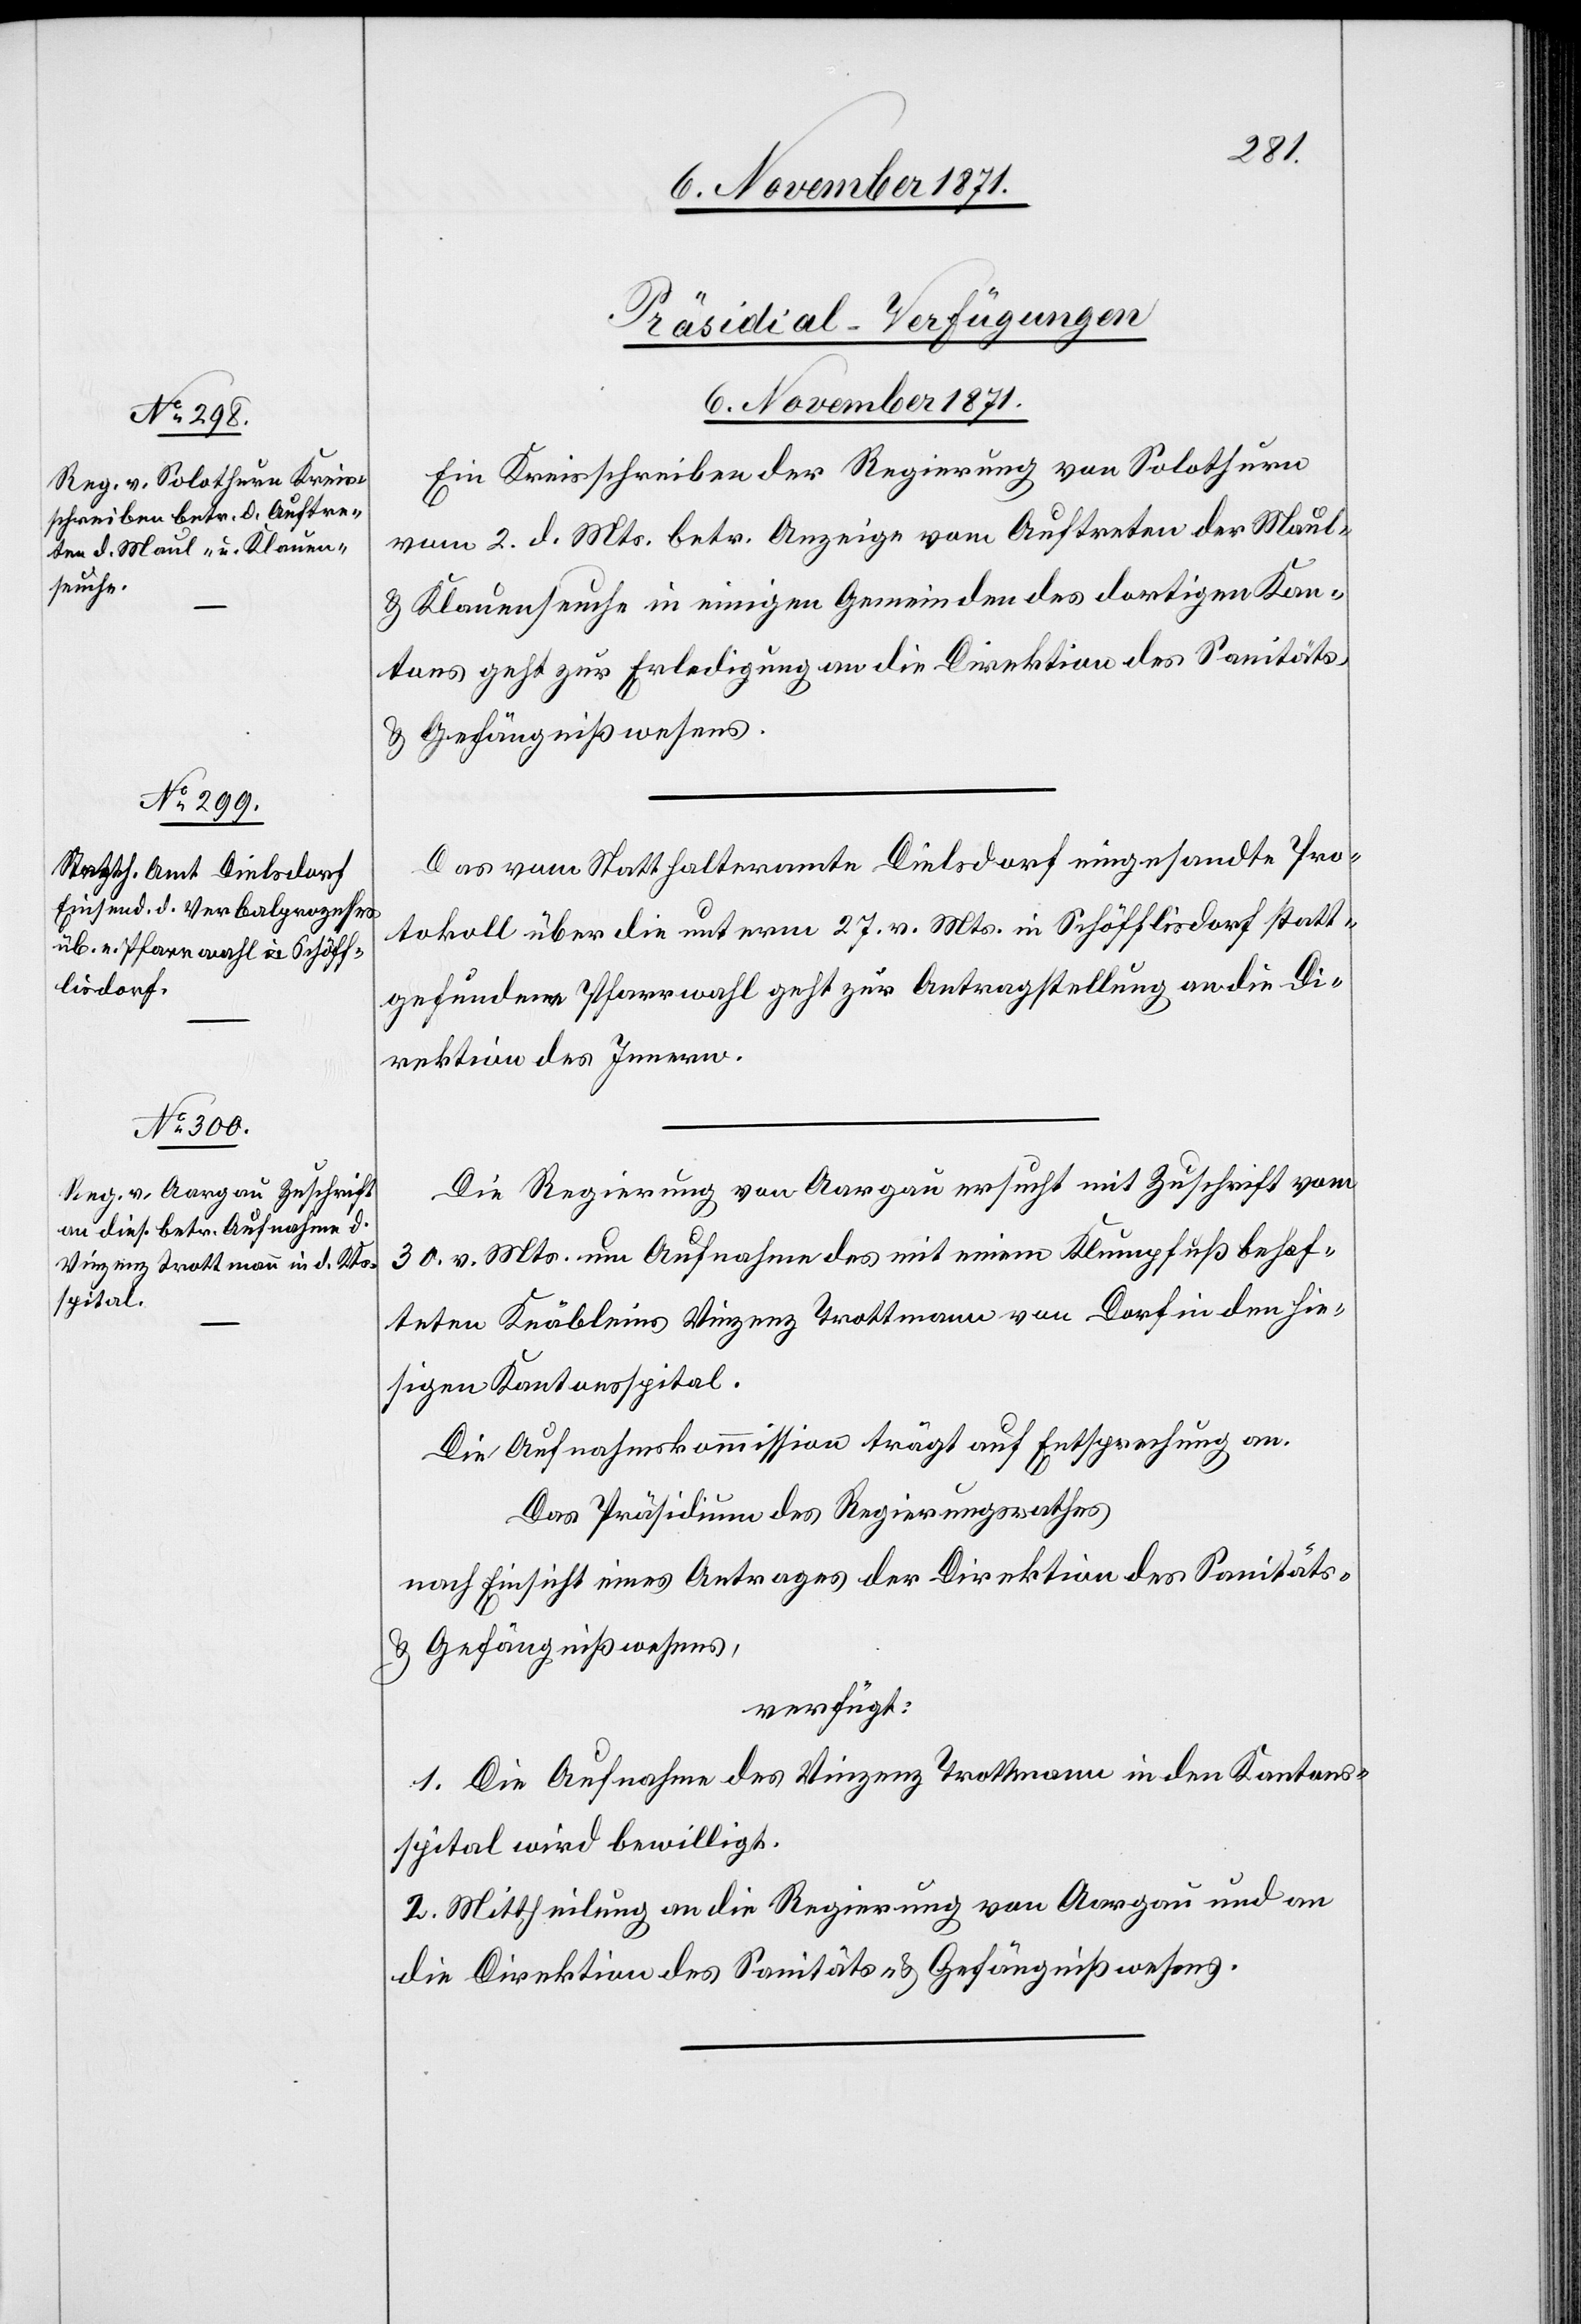
[Präsidial-Verfügungen
6. November 1871.]
Ein Kreisschreiben der Regierung von Solothurn
vom 2. d. Mts. betr. Anzeige vom Auftreten der Maul-
& Klauenseuche in einigen Gemeinden des dortigen Kan¬
tons geht zur Erledigung an die Direktion des Sanitäts-
& Gefängnißwesens.
Das vom Statthalteramte Dielsdorf eingesandte Pro¬
tokoll über die unterm 27. v. Mts. in Schöfflisdorf statt¬
gefundene Pfarrwahl geht zur Antragstellung an die Di¬
rektion des Innern.
Die Regierung von Aargau ersucht mit Zuschrift vom
30. v. Mts. um Aufnahme des mit einem Klumpfuß behaf¬
teten Knäbleins Vinzenz Trottmann von Dorf in den hie¬
sigen Kantonsspital.
Die Aufnahmskommission trägt auf Entsprechung an.
Das Präsidium des Regierungsrathes
nach Einsicht eines Antrages der Direktion des Sanitäts-
& Gefängnißwesens,
verfügt:
1. Die Aufnahme des Vinzenz Trottmann in den Kantons¬
spital wird bewilligt.
2. Mittheilung an die Regierung von Aargau und an
die Direktion des Sanitäts- & Gefängnißwesens.